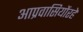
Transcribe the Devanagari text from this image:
आप्रवासियोंरहे